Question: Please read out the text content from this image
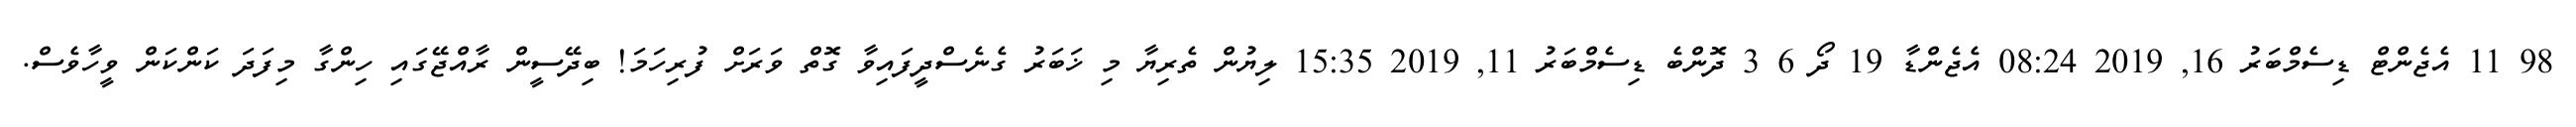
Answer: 98 11 އެޖެންޓް ޑިސެމްބަރު 16, 2019 08:24 އެޖެންޑާ 19 ދޯ 6 3 ދޮންބެ ޑިސެމްބަރު 11, 2019 15:35 ލިޔުން ތެރިޔާ މި ޚަބަރު ގެނެސްދީފައިވާ ގޮތް ވަރަށް ފުރިހަމަ! ބިދޭސީން ރާއްޖޭގައި ހިންގާ މިފަދަ ކަންކަން ވީހާވެސް.